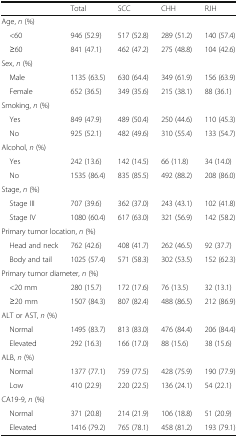
<table><thead><tr><td></td><td><b>Total</b></td><td><b>SCC</b></td><td><b>CHH</b></td><td><b>RJH</b></td></tr></thead><tbody><tr><td colspan="5">Age, <i>n</i> (%)</td></tr><tr><td> &lt;60</td><td>946 (52.9)</td><td>517 (52.8)</td><td>289 (51.2)</td><td>140 (57.4)</td></tr><tr><td> ≥60</td><td>841 (47.1)</td><td>462 (47.2)</td><td>275 (48.8)</td><td>104 (42.6)</td></tr><tr><td colspan="5">Sex, <i>n</i> (%)</td></tr><tr><td> Male</td><td>1135 (63.5)</td><td>630 (64.4)</td><td>349 (61.9)</td><td>156 (63.9)</td></tr><tr><td> Female</td><td>652 (36.5)</td><td>349 (35.6)</td><td>215 (38.1)</td><td>88 (36.1)</td></tr><tr><td colspan="5">Smoking, <i>n</i> (%)</td></tr><tr><td> Yes</td><td>849 (47.9)</td><td>489 (50.4)</td><td>250 (44.6)</td><td>110 (45.3)</td></tr><tr><td> No</td><td>925 (52.1)</td><td>482 (49.6)</td><td>310 (55.4)</td><td>133 (54.7)</td></tr><tr><td colspan="5">Alcohol, <i>n</i> (%)</td></tr><tr><td> Yes</td><td>242 (13.6)</td><td>142 (14.5)</td><td>66 (11.8)</td><td>34 (14.0)</td></tr><tr><td> No</td><td>1535 (86.4)</td><td>835 (85.5)</td><td>492 (88.2)</td><td>208 (86.0)</td></tr><tr><td colspan="5">Stage, <i>n</i> (%)</td></tr><tr><td> Stage III</td><td>707 (39.6)</td><td>362 (37.0)</td><td>243 (43.1)</td><td>102 (41.8)</td></tr><tr><td> Stage IV</td><td>1080 (60.4)</td><td>617 (63.0)</td><td>321 (56.9)</td><td>142 (58.2)</td></tr><tr><td colspan="5">Primary tumor location, <i>n</i> (%)</td></tr><tr><td> Head and neck</td><td>762 (42.6)</td><td>408 (41.7)</td><td>262 (46.5)</td><td>92 (37.7)</td></tr><tr><td> Body and tail</td><td>1025 (57.4)</td><td>571 (58.3)</td><td>302 (53.5)</td><td>152 (62.3)</td></tr><tr><td colspan="5">Primary tumor diameter, <i>n</i> (%)</td></tr><tr><td> &lt;20 mm</td><td>280 (15.7)</td><td>172 (17.6)</td><td>76 (13.5)</td><td>32 (13.1)</td></tr><tr><td> ≥20 mm</td><td>1507 (84.3)</td><td>807 (82.4)</td><td>488 (86.5)</td><td>212 (86.9)</td></tr><tr><td colspan="5">ALT or AST, <i>n</i> (%)</td></tr><tr><td> Normal</td><td>1495 (83.7)</td><td>813 (83.0)</td><td>476 (84.4)</td><td>206 (84.4)</td></tr><tr><td> Elevated</td><td>292 (16.3)</td><td>166 (17.0)</td><td>88 (15.6)</td><td>38 (15.6)</td></tr><tr><td colspan="5">ALB, <i>n</i> (%)</td></tr><tr><td> Normal</td><td>1377 (77.1)</td><td>759 (77.5)</td><td>428 (75.9)</td><td>190 (77.9)</td></tr><tr><td> Low</td><td>410 (22.9)</td><td>220 (22.5)</td><td>136 (24.1)</td><td>54 (22.1)</td></tr><tr><td colspan="5">CA19-9, <i>n</i> (%)</td></tr><tr><td> Normal</td><td>371 (20.8)</td><td>214 (21.9)</td><td>106 (18.8)</td><td>51 (20.9)</td></tr><tr><td> Elevated</td><td>1416 (79.2)</td><td>765 (78.1)</td><td>458 (81.2)</td><td>193 (79.1)</td></tr></tbody></table>